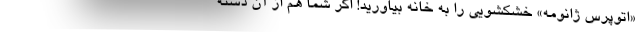
«اتوپرس ژانومه» خشکشویی را به خانه بیاورید! اگر شما هم از آن دسته